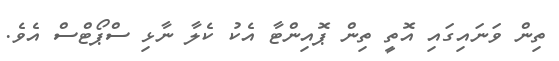
ތިން ވަނައިގައި އޮތީ ތިން ޕޮއިންޓާ އެކު ކެލާ ނާޅި ސްޕޯޓްސް އެވެ.